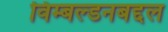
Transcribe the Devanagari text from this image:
विम्बल्डनबद्दल